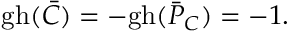
\mathrm { g h } ( \bar { C } ) = - \mathrm { g h } ( \bar { P } _ { C } ) = - 1 .